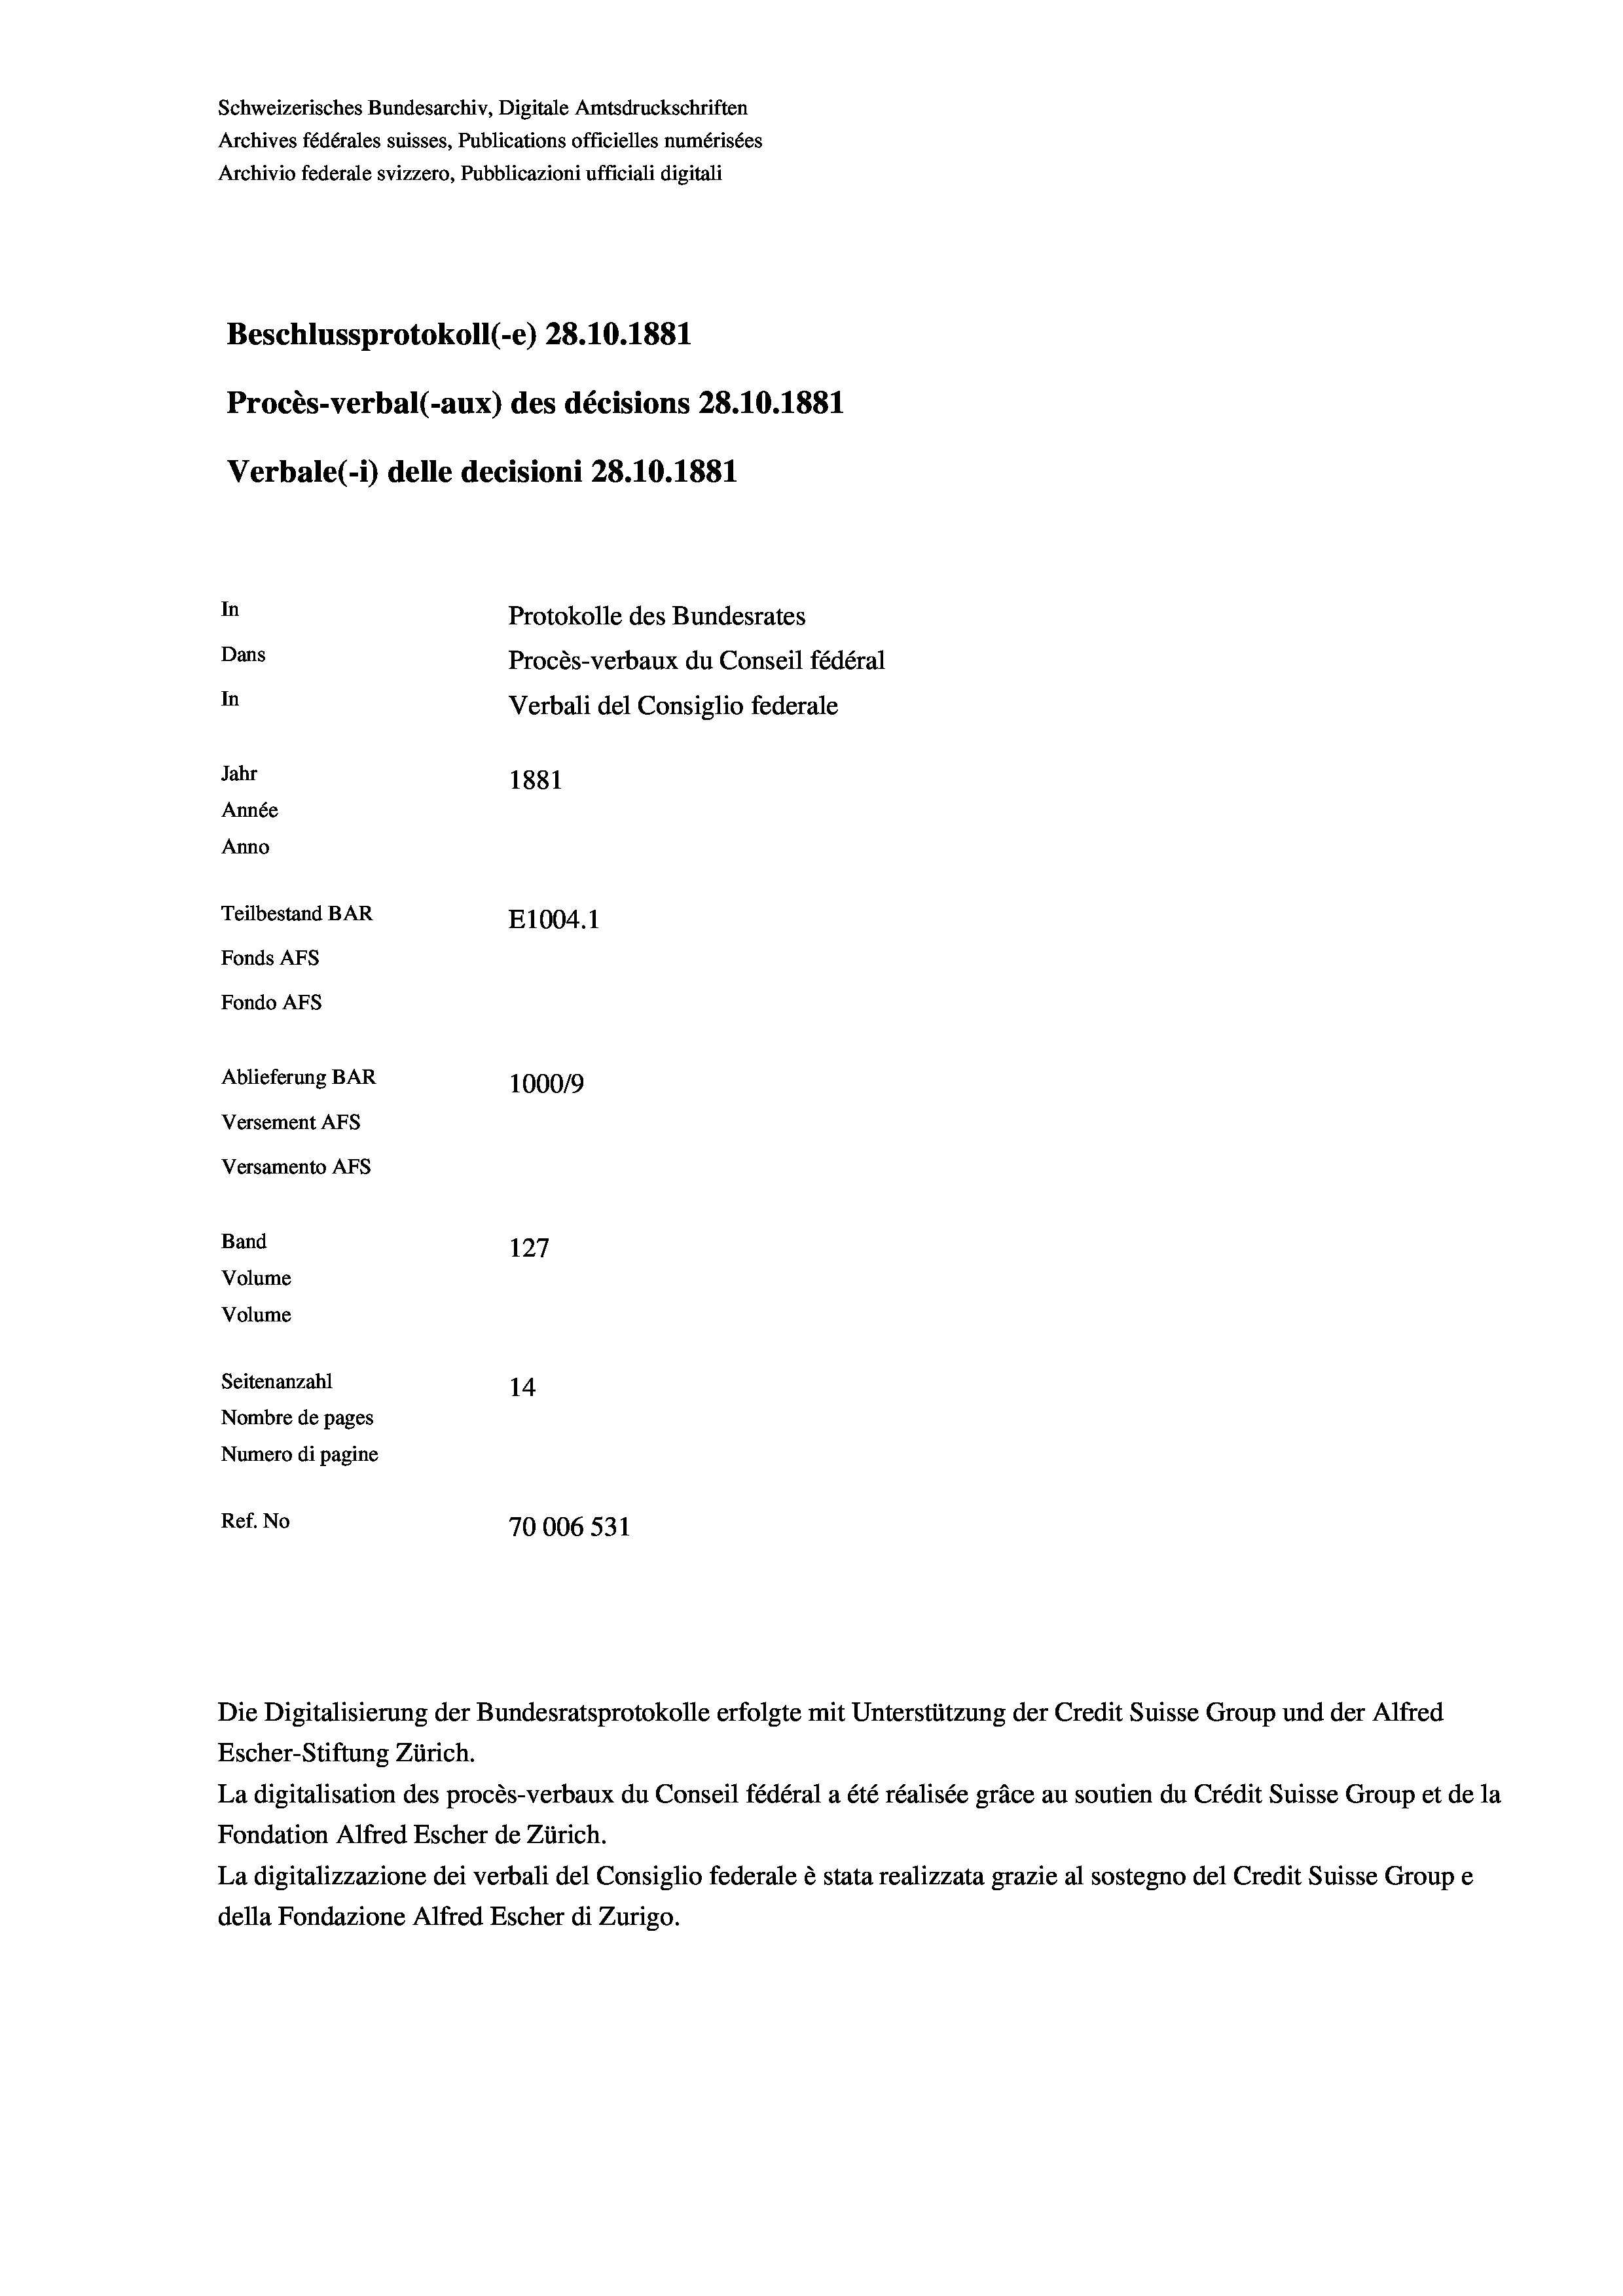
Schweizerisches Bundesarchiv, Digitale Amtsdruckschriften
Archives fédérales suisses, Publications officielles numérisées
Archivio federale svizzero, Pubblicazioni ufficiali digitali
Beschlussprotokoll (-e) 28.10.1881
Procès-verbal (-aux) des décisions 28.10.1881
Verbale (- 1) delle decisioni 28.10.1881
In
Protokolle des Bundesrates
Dans
Procès-verbaux du Conseil fédéral
In
Verbali del Consiglio federale
Jahr
1881
Année
Anno
Teilbestand BAR
E1004.1
Fonds Afs
Fondo AFs
Ablieferung BAR
1000/9
Versement Abs
Versamento AFs
Band
127
Volume
Volume
Seitenanzahl
14
Nombre de pages
Numero di pagine
Ref. No
70006 531

Die Digitalisierung der Bundesratsprotokolle erfolgte mit Unterstützung der Credit Suisse Group und der Alfred
Escher-Stiftung Zürich.
La digitalisation des procès-verbaux du Conseil fédéral a été réalisée gräce au soutien du Crédit Suisse Group et de la
Fondation Alfred Escher de Zürich.
La digitalizzazione dei verbali del Consiglio federale è stata realizzata grazie al sostegno del Credit Suisse Groupe
della Fondazione Alfred Escher di Zurigo.